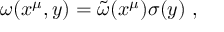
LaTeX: \omega ( x ^ { \mu } , y ) = { \widetilde \omega } ( x ^ { \mu } ) \sigma ( y ) ~ ,